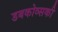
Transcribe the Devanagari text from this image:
डबकोव्सकी